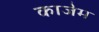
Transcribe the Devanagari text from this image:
काजेम